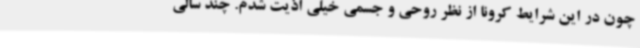
چون در این شرایط کرونا از نظر روحی و جسمی خیلی اذیت شدم. چند سالی